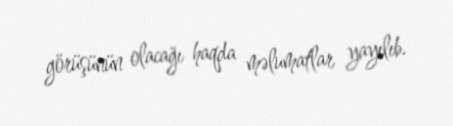
görüşünün olacağı haqda məlumatlar yayılıb.